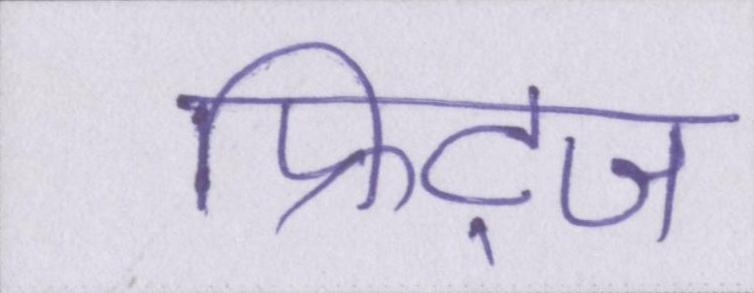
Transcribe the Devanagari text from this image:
फ्रिट्ज